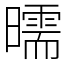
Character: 曘